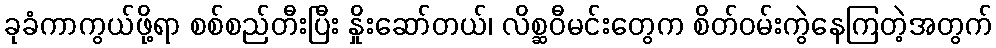
ခုခံကာကွယ်ဖို့ရာ စစ်စည်တီးပြီး နှိုးဆော်တယ်၊ လိစ္ဆဝီမင်းတွေက စိတ်ဝမ်းကွဲနေကြတဲ့အတွက်